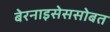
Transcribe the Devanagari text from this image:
बेरनाइसेससोबत